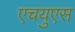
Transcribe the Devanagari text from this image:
एचयुएस